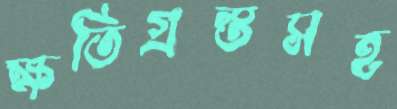
ক্ষতিগ্রস্তসহ